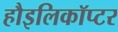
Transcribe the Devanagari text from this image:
हौइलिकॉप्टर